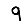
Digit: 9